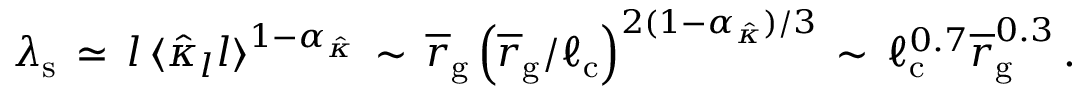
\lambda _ { \mathrm { s } } \, \simeq \, l \, \langle \hat { \kappa } _ { l } l \rangle ^ { 1 - \alpha _ { \hat { \kappa } } } \, \sim \, \overline { r } _ { \mathrm { g } } \left( \overline { r } _ { \mathrm { g } } / \ell _ { \mathrm { c } } \right) ^ { 2 ( 1 - \alpha _ { \hat { \kappa } } ) / 3 } \, \sim \, \ell _ { \mathrm { c } } ^ { 0 . 7 } \overline { r } _ { \mathrm { g } } ^ { 0 . 3 } \, .